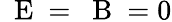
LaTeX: \mathrm{~\mathbf~E~}=\mathrm{~\mathbf~B~}=0